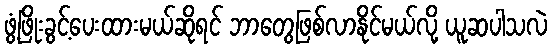
ဖွံ့ဖြိုးခွင့်ပေးထားမယ်ဆိုရင် ဘာတွေဖြစ်လာနိုင်မယ်လို့ ယူဆပါသလဲ